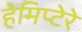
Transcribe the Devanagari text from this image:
हेमिप्टेरे